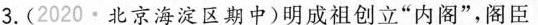
3.(2020·北京海淀区期中)明成祖创立”内阁”，阁臣